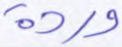
وردة